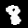
Label: 8